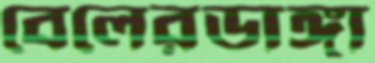
বেলেরডাঙ্গা